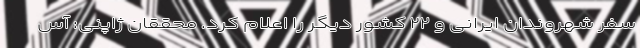
سفر شهروندان ایرانی و ۲۲ کشور دیگر را اعلام کرد. محققان ژاپنی: آس